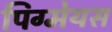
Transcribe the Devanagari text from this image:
पिग्मेयस